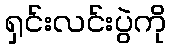
ရှင်းလင်းပွဲကို